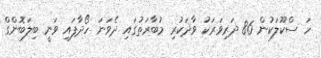
ހަ ސްކޫލަކުން 86 ދަރިވަރަކު ވާދަކުރި މުބާރަތުގައި ދެވަނަ ހޯދާފައި ވަނީ ބިލަބޮންގް